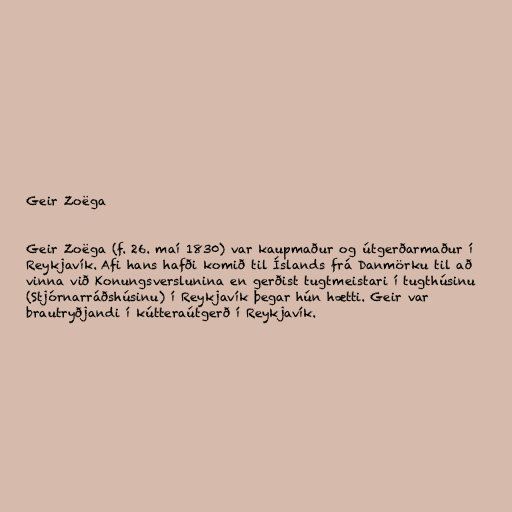
Geir Zoëga

Geir Zoëga (f. 26. maí 1830) var kaupmaður og útgerðarmaður í
Reykjavík. Afi hans hafði komið til Íslands frá Danmörku til að
vinna við Konungsverslunina en gerðist tugtmeistari í tugthúsinu
(Stjórnarráðshúsinu) í Reykjavík þegar hún hætti. Geir var
brautryðjandi í kútteraútgerð í Reykjavík.